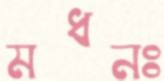
মধনঃ